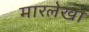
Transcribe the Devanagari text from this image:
मारलेखा